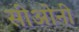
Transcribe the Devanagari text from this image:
सीओनी